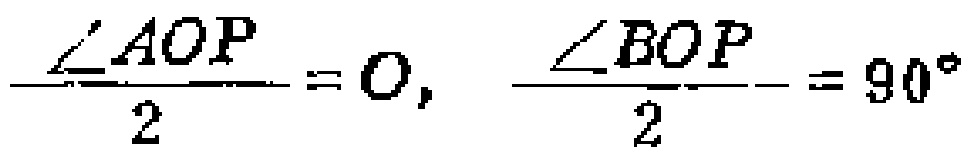
\frac{\angle AOP}{2}=0, \frac{\angle BOP}{2}=90^{\circ}